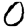
Digit: 0